Medical and sanitary report on the native army of Bombay for the year
Year: 1879
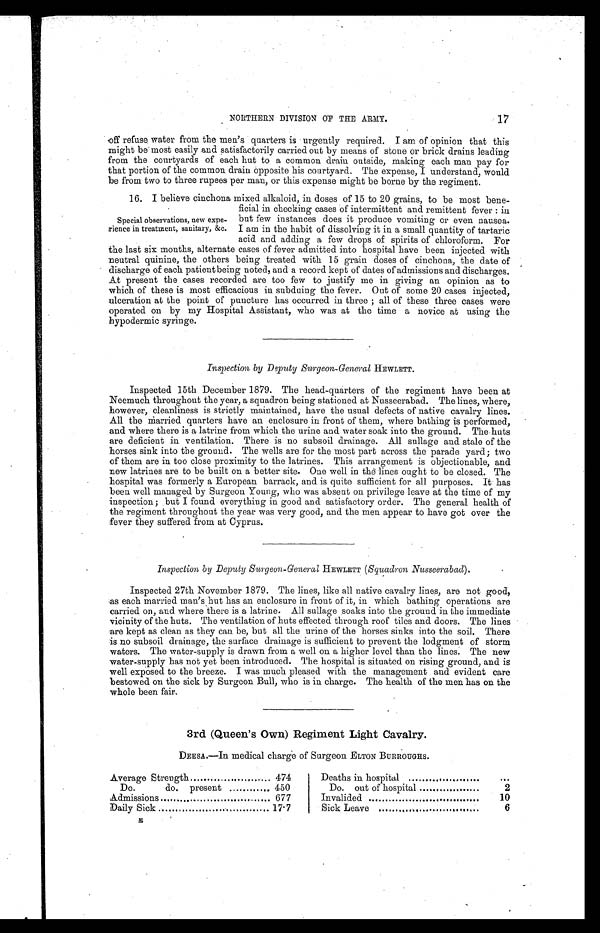
NORTHERN DIVISION OF THE ARMY.
17
off refuse water from the men's quarters is urgently required. I am of opinion that this
might be most easily and satisfactorily carried out by means of stone or brick drains leading
from the courtyards of each hut to a common drain outside, making each man pay for
that portion of the common drain opposite his courtyard. The expense, I understand, would
be from two to three rupees per man, or this expense might be borne by the regiment.
16. I believe cinchona mixed alkaloid, in doses of 15 to 20 grains, to be most bene
-ficial in checking cases of intermittent and remittent fever: in
but few instances does it produce vomiting or even nausea.
I am in the habit of dissolving it in a small quantity of tartaric
acid and adding a few drops of spirits of chloroform. For
the last six months, alternate cases of fever admitted into hospital have been injected with
neutral quinine, the others being treated with 15 grain doses of cinchona, the date of
discharge of each patient being noted, and a record kept of dates of admissions and discharges.
At present the cases recorded are too few to justify me in giving an opinion as to
which of these is most efficacious in subduing the fever. Out of some 20 cases injected,
ulceration at the point of puncture has occurred in three; all of these three cases were
operated on by my Hospital Assistant, who was at the time a novice at using the
hypodermic syringe.
Inspection by Deputy Surgeon-General HEWLETT.
Inspected 15th December 1879. The head-quarters of the regiment have been at
Neemuch throughout the year, a squadron being stationed at Nusseerabad. The lines, where,
however, cleanliness is strictly maintained, have the usual defects of native cavalry lines.
All the married quarters have an enclosure in front of them, where bathing is performed,
and where there is a latrine from which the urine and water soak into the ground. The huts
are deficient in ventilation. There is no subsoil drainage. All sullage and stale of the
horses sink into the ground. The wells are for the most part across the parade yard; two
of them are in too close proximity to the latrines. This arrangement is objectionable, and
new latrines are to be built on a better site. One well in the lines ought to be closed. The
hospital was formerly a European barrack, and is quite sufficient for all purposes. It has
been well managed by Surgeon Young, who was absent on privilege leave at the time of my
inspection; but I found everything in good and satisfactory order. The general health of
the regiment throughout the year was very good, and the men appear to have got over the
fever they suffered from at Cyprus.
Inspection by Deputy Surgeon-General HEWLETT (Squadron Nusseerabad).
Inspected 27th November 1879. The lines, like all native cavalry lines, are not good,
as each married man's but has an enclosure in front of it, in which bathing operations are
carried on, and where there is a latrine. All sullage soaks into the ground in the immediate
vicinity of the huts. The ventilation of huts effected through roof tiles and doors. The lines
are kept as clean as they can be, but all the urine of the horses sinks into the soil. There
is no subsoil drainage, the surface drainage is sufficient to prevent the lodgment of storm
waters. The water-supply is drawn from a well on a higher level than the lines. The new
water-supply has not yet been introduced. The hospital is situated on rising ground, and is
well exposed to the breeze. I was much pleased with the management and evident care
bestowed on the sick by Surgeon Bull, who is in charge. The health of the men has on the
whole been fair.
3rd (Queen's Own) Regiment Light Cavalry.
DEESA.—In medical charge of Surgeon ELTON BURROUGHS.
Average Strength
474
Deaths in hospital
. . .
Do.
do. present
450
Do. out of hospital
2
Admissions
677
Invalided
10
Daily Sick
17·7
Sick Leave
6
Special observations, new expe-
rience in treatment, sanitary, &c.